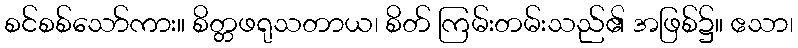
စင်စစ်သော်ကား။ စိတ္တဖရုသတာယ၊ စိတ် ကြမ်းတမ်းသည်၏ အဖြစ်၌။ ဧသာ၊